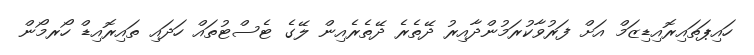
ހައިޕަތައިރޮއިޑިޒަމް އަށް ފަރުވާކުރަމުންދާއިރު ދޭތެރެ ދޭތެރެއިން ލޭގެ ޓެސްޓުތައް ހަދައި ތައިރޮއިޑް ހޯރމޯން